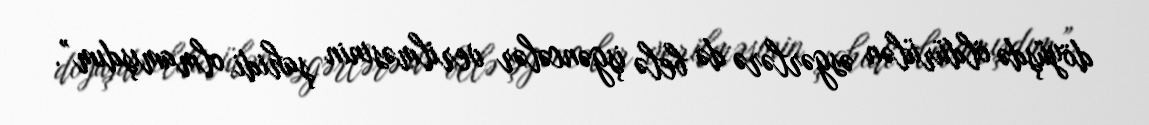
döyüşdə öldürülən əsgərlərə də belə işgəncələr verilməsinin şahidi olmamışdım”.